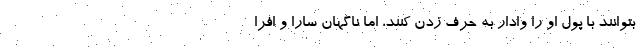
بتوانند با پول او را وادار به حرف زدن کنند، اما ناگهان سارا و افرا